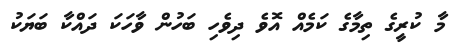
މާ ކުރީގެ ތިމާގެ ކަމެއް އޮވެ ދިވެހި ބަހުން ވާހަކަ ދައްކާ ބަޔަކު